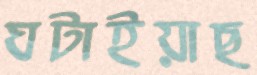
ঘটাইয়াছ